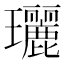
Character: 𤫟